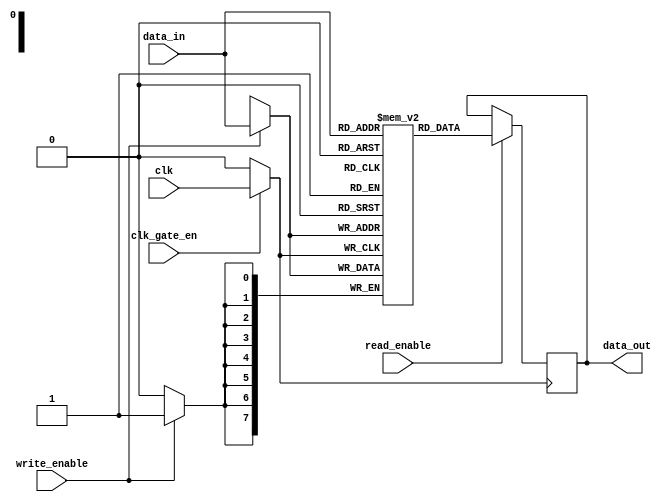
module clock_gated_memory (
    input wire clk,               // Original clock signal
    input wire clk_gate_en,       // Clock gating enable signal
    input wire [7:0] data_in,     // Data input
    input wire write_enable,       // Write enable signal
    input wire read_enable,        // Read enable signal
    output reg [7:0] data_out      // Data output
);

    // Memory array
    reg [7:0] memory [0:255];      // 256 x 8-bit memory

    // Gated clock signal
    wire gated_clk;

    // Transmission gate logic for clock gating
    assign gated_clk = (clk_gate_en) ? clk : 1'b0;

    // Memory operation
    always @(posedge gated_clk) begin
        if (write_enable) begin
            // Write data to memory
            memory[data_in[7:0]] <= data_in;
        end
        if (read_enable) begin
            // Read data from memory
            data_out <= memory[data_in[7:0]];
        end
    end

endmodule